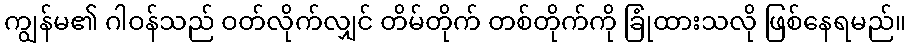
ကျွန်မ၏ ဂါဝန်သည် ဝတ်လိုက်လျှင် တိမ်တိုက် တစ်တိုက်ကို ခြုံထားသလို ဖြစ်နေရမည်။